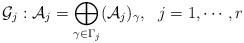
\begin{align*} \mathcal{G}_{j}:\mathcal{A}_j=\bigoplus _{\gamma\in \Gamma_j}(\mathcal{A}_j)_{\gamma}, \ \ j=1,\cdots,r \end{align*}